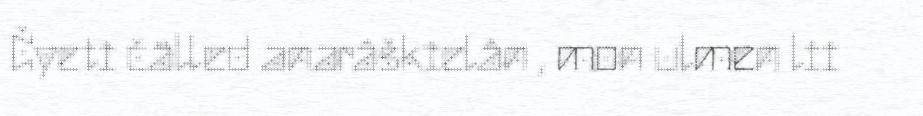
Čyeti čälled anarâškielân , mon ulmen lii